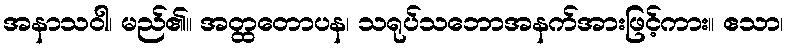
အနာသဝါ၊ မည်၏။ အတ္ထတောပန၊ သရုပ်သဘောအနက်အားဖြင့်ကား။ ဧသာ၊